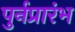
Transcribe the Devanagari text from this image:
पुर्नप्रारंभ